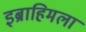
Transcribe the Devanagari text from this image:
इब्राहिमला